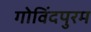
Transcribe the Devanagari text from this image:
गोविंदपुरम